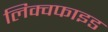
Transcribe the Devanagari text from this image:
लिक्वफाइड